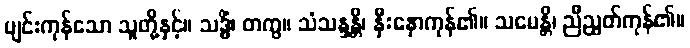
ပျင်းကုန်သော သူတို့နှင့်။ သဒ္ဓိံ၊ တကွ။ သံသန္ဒန္တိ၊ နှီးနှောကုန်၏။ သမေန္တိ၊ ညီညွတ်ကုန်၏။